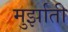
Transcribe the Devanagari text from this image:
मुर्झाती